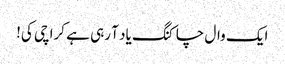
ایک وال چاکنگ یاد آ رہی ہے کراچی کی!